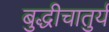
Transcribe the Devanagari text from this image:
बुद्धीचातुर्य